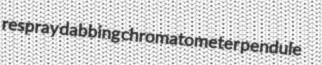
respray dabbing chromatometer pendule